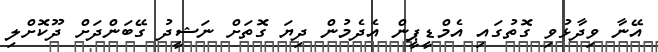
އޭނާ ވިދާޅުވި ގޮތުގައި އެމްޑީޕީން އެދެމުން ދިޔަ ގޮތަށް ނަޝީދު ގޭބަންދަށް ދޫކޮށްލި